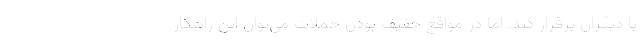
با دیگران برقرار کند. اما در مواقع خفیف بودن حملات می‌توان این راهکار